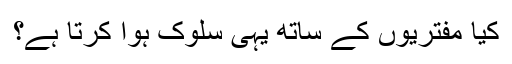
کیا مفتریوں کے ساتھ یہی سلوک ہوا کرتا ہے؟